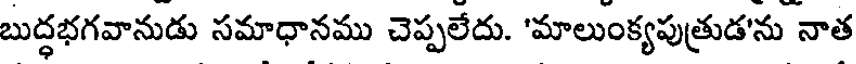
బుద్ధభగవానుడు సమాధానము చెప్పలేదు. 'మాలుంక్యపుత్రుడ'ను నాత